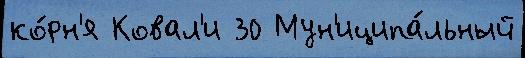
ко́рн'я Ковал'и 30 Мун'иципа́льный